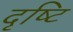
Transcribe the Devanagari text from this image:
दृष्‍टि